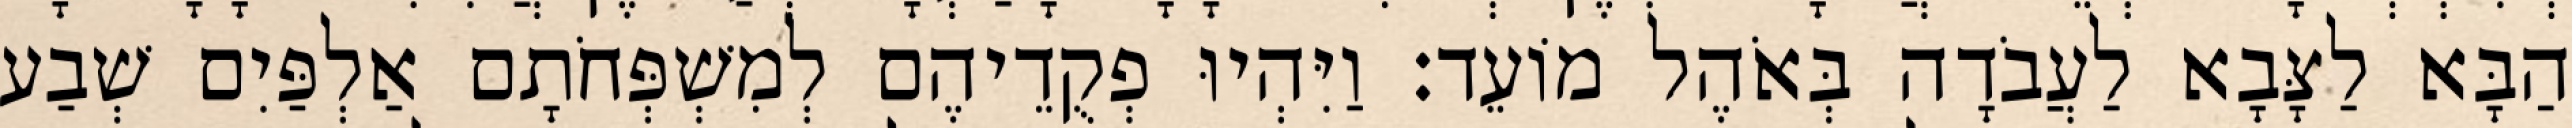
הַבָּא לַצָּבָא לַעֲבֹדָה בְּאֹהֶל מוֹעֵד׃ וַיִּהְיוּ פְקֻדֵיהֶם לְמִשְׁפְּחֹתָם אַלְפַּיִם שְׁבַע